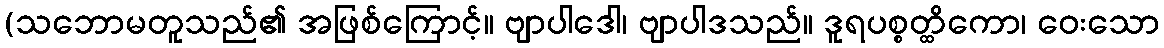
(သဘောမတူသည်၏ အဖြစ်ကြောင့်။ ဗျာပါဒေါ၊ ဗျာပါဒသည်။ ဒူရပစ္စတ္ထိကော၊ ဝေးသော